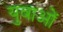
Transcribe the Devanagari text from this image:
युवाअों